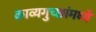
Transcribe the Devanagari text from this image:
काव्यगुच्छांमध्ये